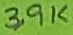
Text: 3,9K